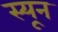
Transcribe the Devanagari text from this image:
स्यून